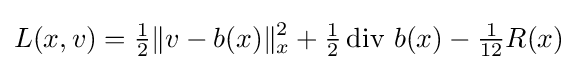
L(x,v)={\tfrac {1}{2}}\|v-b(x)\|_{x}^{2}+{\tfrac {1}{2}}\operatorname {div} \,b(x)-{\tfrac {1}{12}}R(x)